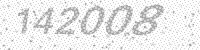
Solution: 142008